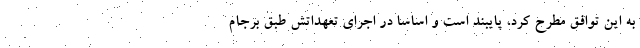
به این توافق مطرح کرد، پایبند است و اساسا در اجرای تعهداتش طبق برجام